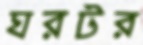
ঘরটর